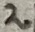
Text: 2